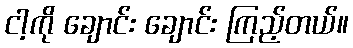
ငါ့ကို ချောင်း ချောင်း ကြည့်တယ်။